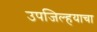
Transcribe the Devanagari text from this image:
उपजिल्हयाचा